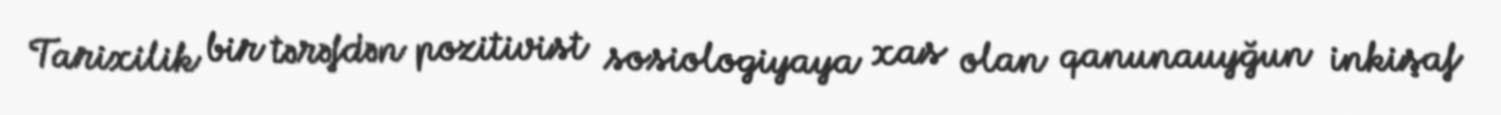
Tarixilik bir tərəfdən pozitivist sosiologiyaya xas olan qanunauyğun inkişaf